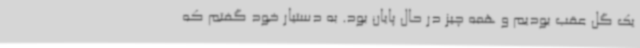
یک گل عقب بودیم و همه چیز در حال پایان بود. به دستیار خود گفتم که